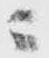
ニ